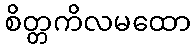
စိတ္တကိလမထော